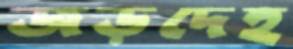
জড়দেহ